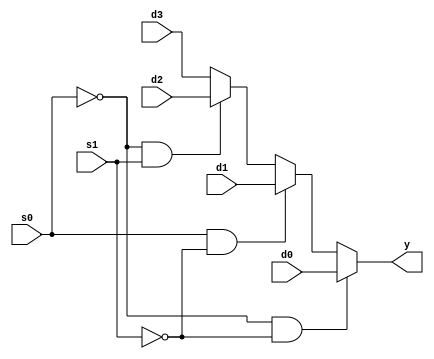
module mux_41 ( y,s0,s1,d0,d1,d2,d3 );		
  input s0,s1 ;
  input d0,d1,d2,d3;
  output y ;
  reg y;
 always @ (s0,s1,d0,d1,d2,d3)
  begin
    	if(s0==0 && s1==0)
      		y = d0;
    	else if(s0==1 && s1==0)
      		y = d1;
    	else if(s0==0 && s1==1)
      		y = d2;
    	else 
      		y = d3;
  end
endmodule